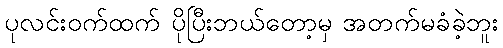
ပုလင်းဝက်ထက် ပိုပြီးဘယ်တော့မှ အတက်မခံခဲ့ဘူး